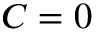
C = 0